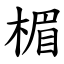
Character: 楣